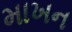
માખન